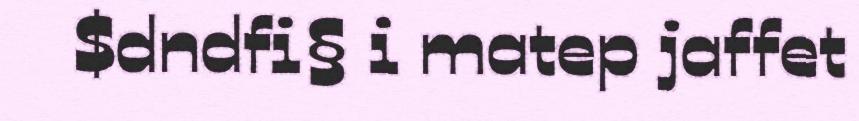
$dndfi§ i matep jaffet